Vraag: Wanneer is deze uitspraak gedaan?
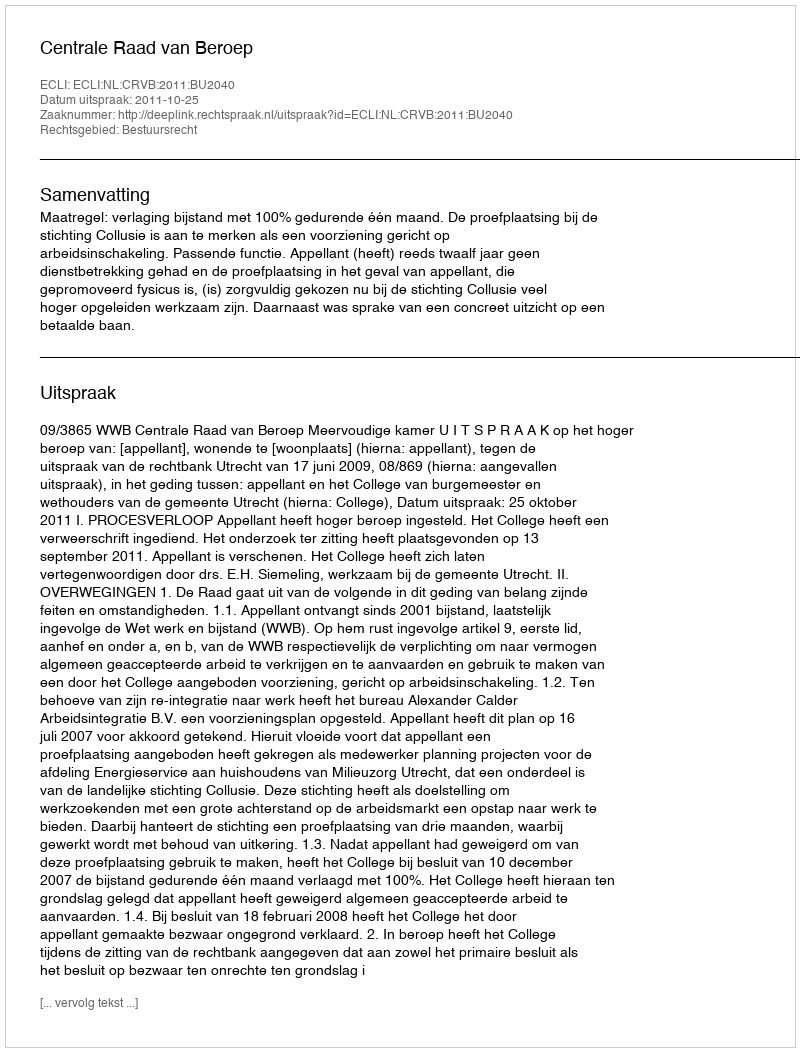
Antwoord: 2011-10-25